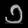
Digit: ၁